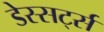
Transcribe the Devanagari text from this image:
डेस्सर्ट्स